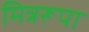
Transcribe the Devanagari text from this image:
मित्ररूपा